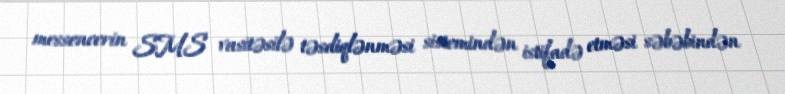
messencerin SMS vasitəsilə təsdiqlənməsi sistemindən istifadə etməsi səbəbindən